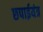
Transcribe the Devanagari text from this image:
छपाईयंत्र